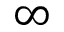
\infty